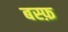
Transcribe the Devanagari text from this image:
बस्फ़